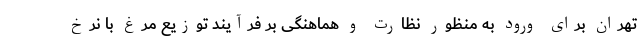
تهران برای ورود به منظور نظارت و هماهنگی بر فرآیند توزیع مرغ با نرخ